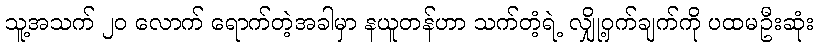
သူ့အသက် ၂၀ လောက် ရောက်တဲ့အခါမှာ နယူတန်ဟာ သက်တံ့ရဲ့ လျှို့ဝှက်ချက်ကို ပထမဦးဆုံး